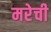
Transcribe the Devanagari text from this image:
मरेची